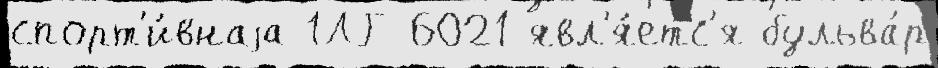
спорт'и́внаjа 1ЛГ-6021 явл'я́етс'я бульва́р